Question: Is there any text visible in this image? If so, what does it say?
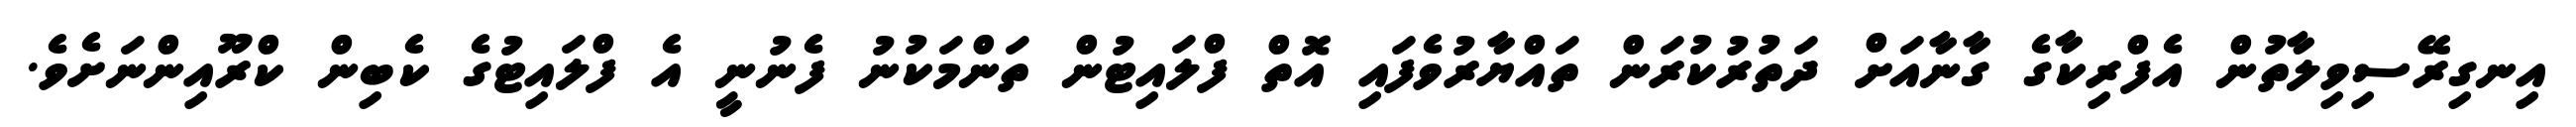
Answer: އިނގިރޭސިވިލާތުން އެފްރިކާގެ ގާނާއަށް ދަތުރުކުރަން ތައްޔާރުވެފައި އޮތް ފްލައިޓުން ތަންމަކުނު ފެނުނީ އެ ފްލައިޓުގެ ކެބިން ކްރޫއިންނަށެވެ.